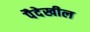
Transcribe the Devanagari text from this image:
पैदेखील